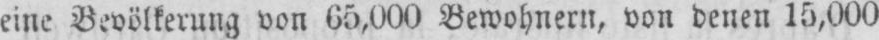
eine Bevölkerung von 65,000 Bewohnern, von denen 15,000